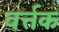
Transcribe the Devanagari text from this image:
वर्त्तक